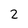
Character: 2